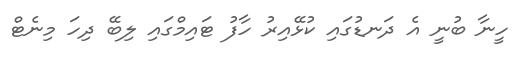
ހީނާ ބުނީ އެ ދަނޑުގައި ކުޅޭއިރު ހާފު ޓައިމްގައި ލިބޭ ދިހަ މިނެޓް